Investigations on Bengal jail dietaries - Number 37
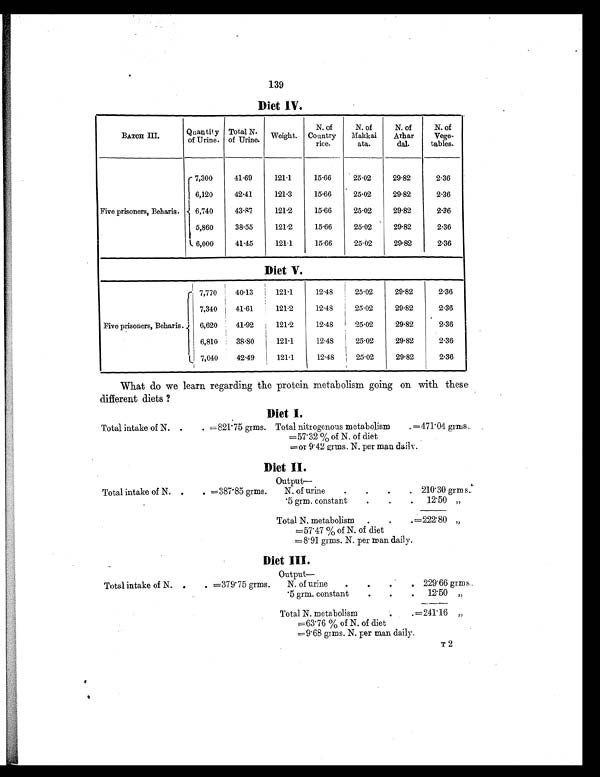
139
Diet IV.
BATCH III.
Quantity
of Urine.
Total N.
of Urine. Weight.
N. of
Country
rice.
N. of
Makkai
ata.
N. of
Arhar
dal.
N. of
Vege-
tables.
Five prisoners, Beharis.
7,300
41.69
121.1
15.66
25.02
29.82
2.36
6,120
42.41
121.3
15.66
25.02
29.82
2.36
6,740
43.87
121.2
15.66
25.02
29.82
2.36
5,860
38.55
121.2
15.66
25.02
29.82
2.36
6,000
41.45
121.1
15.66
25.02
29.82
2.36
Diet V.
Five prisoners, Beharis.
7,770
40.13
121.1
12.48
25.02
29.82
2.36
7,340
41.61
121.2
12.48
25.02
29.82
2.36
6,620
41.92
121.2
12.48
25.02
29.82
2.36
6,810
38.80
121.1
12.48
25.02
29.82
2.36
7,040
42.49
121.1
12.48
25.02
29.82
2.36
What do we learn regarding the protein metabolism going on with these
different diets ?
Diet I.
Total intake of N. .
. =821.75 grms. Total nitrogenous metabolism
=57.32 % of N. of diet
. =471.04 grms.
=or 9.42 grms. N. per man daily.
Diet II.
Output
—
Total intake of N. .
. =387.85 grms.
N. of urine
.
.
.
. 210.30 grms.
.5 grm. constant
.
.
. 12.50 „
Total N. metabolism .
.
. =222.80 „
=57.47 % of N. of diet
=8.91 grms. N. per man daily.
Diet III.
Output
—
Total intake of N. .
. =379.75 grms.
N. of urine .
.
.
. 229.66 grms.
.5 grm. constant
.
.
. 12.50 „
Total N. metabolism
.
. 241.16 „
=63.76 % of N. of diet
=9.68 grms. N. per man daily.
T 2